Vaccine operations Central Provinces & Berar 1912-1920 - 1912-1920
Year: 1912
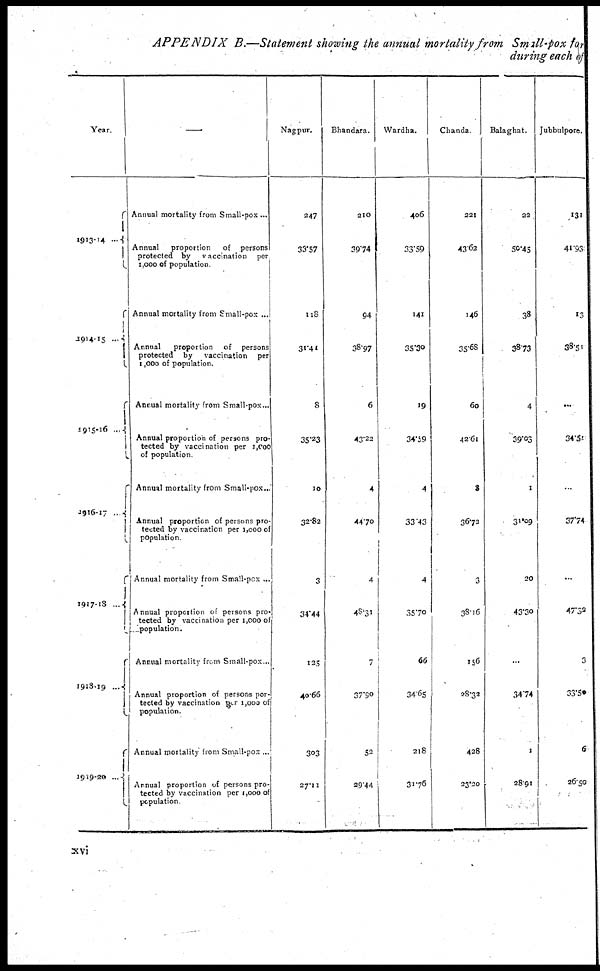
APPENDIX B.—Statement showing the annual mortality from Small-pox for
during each of
Year.
1913-14 ....
1914-15 ...
1915-16...
1916-17 ..
1917-18 ...
1918-19 ...
1919-20 ...
—
Annual mortality from Small-pox ...
Annual
proportion
of
persons
protected by
vaccination
per
1,000 of population.
Annual mortality from Small-pox ...
Annual
proportion
of
persons
protected
by
vaccination
per
1,000 of population.
Annual mortality from Small-pox...
Annual proportion of persons pro-
tected by vaccination per 1,000
of population.
Annual mortality from Small-pox..
Annual proportion of persons pro-
tected by vaccination per 1,000 of
population.
Annual mortality from Small-pox ...
Annual proportion of persons pro-
tected by vaccination per 1,000 of
population.
Annual mortality from Small-pox...
Annual proportion of persons por-
tected by vaccination per 1,000 of
population.
Annual mortality from Small-pox ...
Annual proportion of persons pro-
tected by vaccination per 1,000 of
population
Nagpur.
247
33.57
118
31.41
8
35.23
10
32.82
3
34.44
125
40.66
303
27.11
Bhandara.
210
39.74
94
38.97
6
43.22
4
44.70
4
48.31
7
37.90
52
29.44
Wardha.
406
33.59
141
35.30
19
34.59
4
33.43
4
35.70
66
34.65
218
31.76
Chanda
221
43.62
1.46
35.68
60
42.61
8
36.72
3
38.16
156
28.32
428
23.20
Balaghat.
22
50.45
38
38.73
4
39.03
1
31.09
20
43.30
...
34.74
1
28.91
Jubbulpore.
131
41.93
13
38.51
...
34.54
...
37.74
...
47.32
3
33.50
6
26.50
xvi